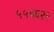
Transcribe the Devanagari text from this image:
५५६६२२